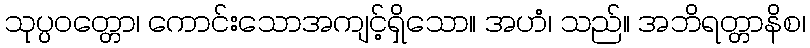
သုပ္ပဝတ္တော၊ ကောင်းသောအကျင့်ရှိသော။ အဟံ၊ သည်။ အဘိရတ္တာနိစ၊